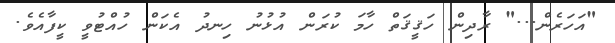
"އަހަރެން..." ރާދިން ހަޤީޤަތް ހާމަ ކުރަން އުޅުނު ހިނދު އެކަން ހުއްޓުވީ ކީފާއެވެ.